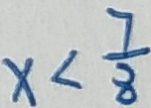
x < \frac { 7 } { 8 }